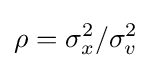
\rho =\sigma _{x}^{2}/\sigma _{v}^{2}